Janeda_(Ambla)_vallavalitsus, lk 37
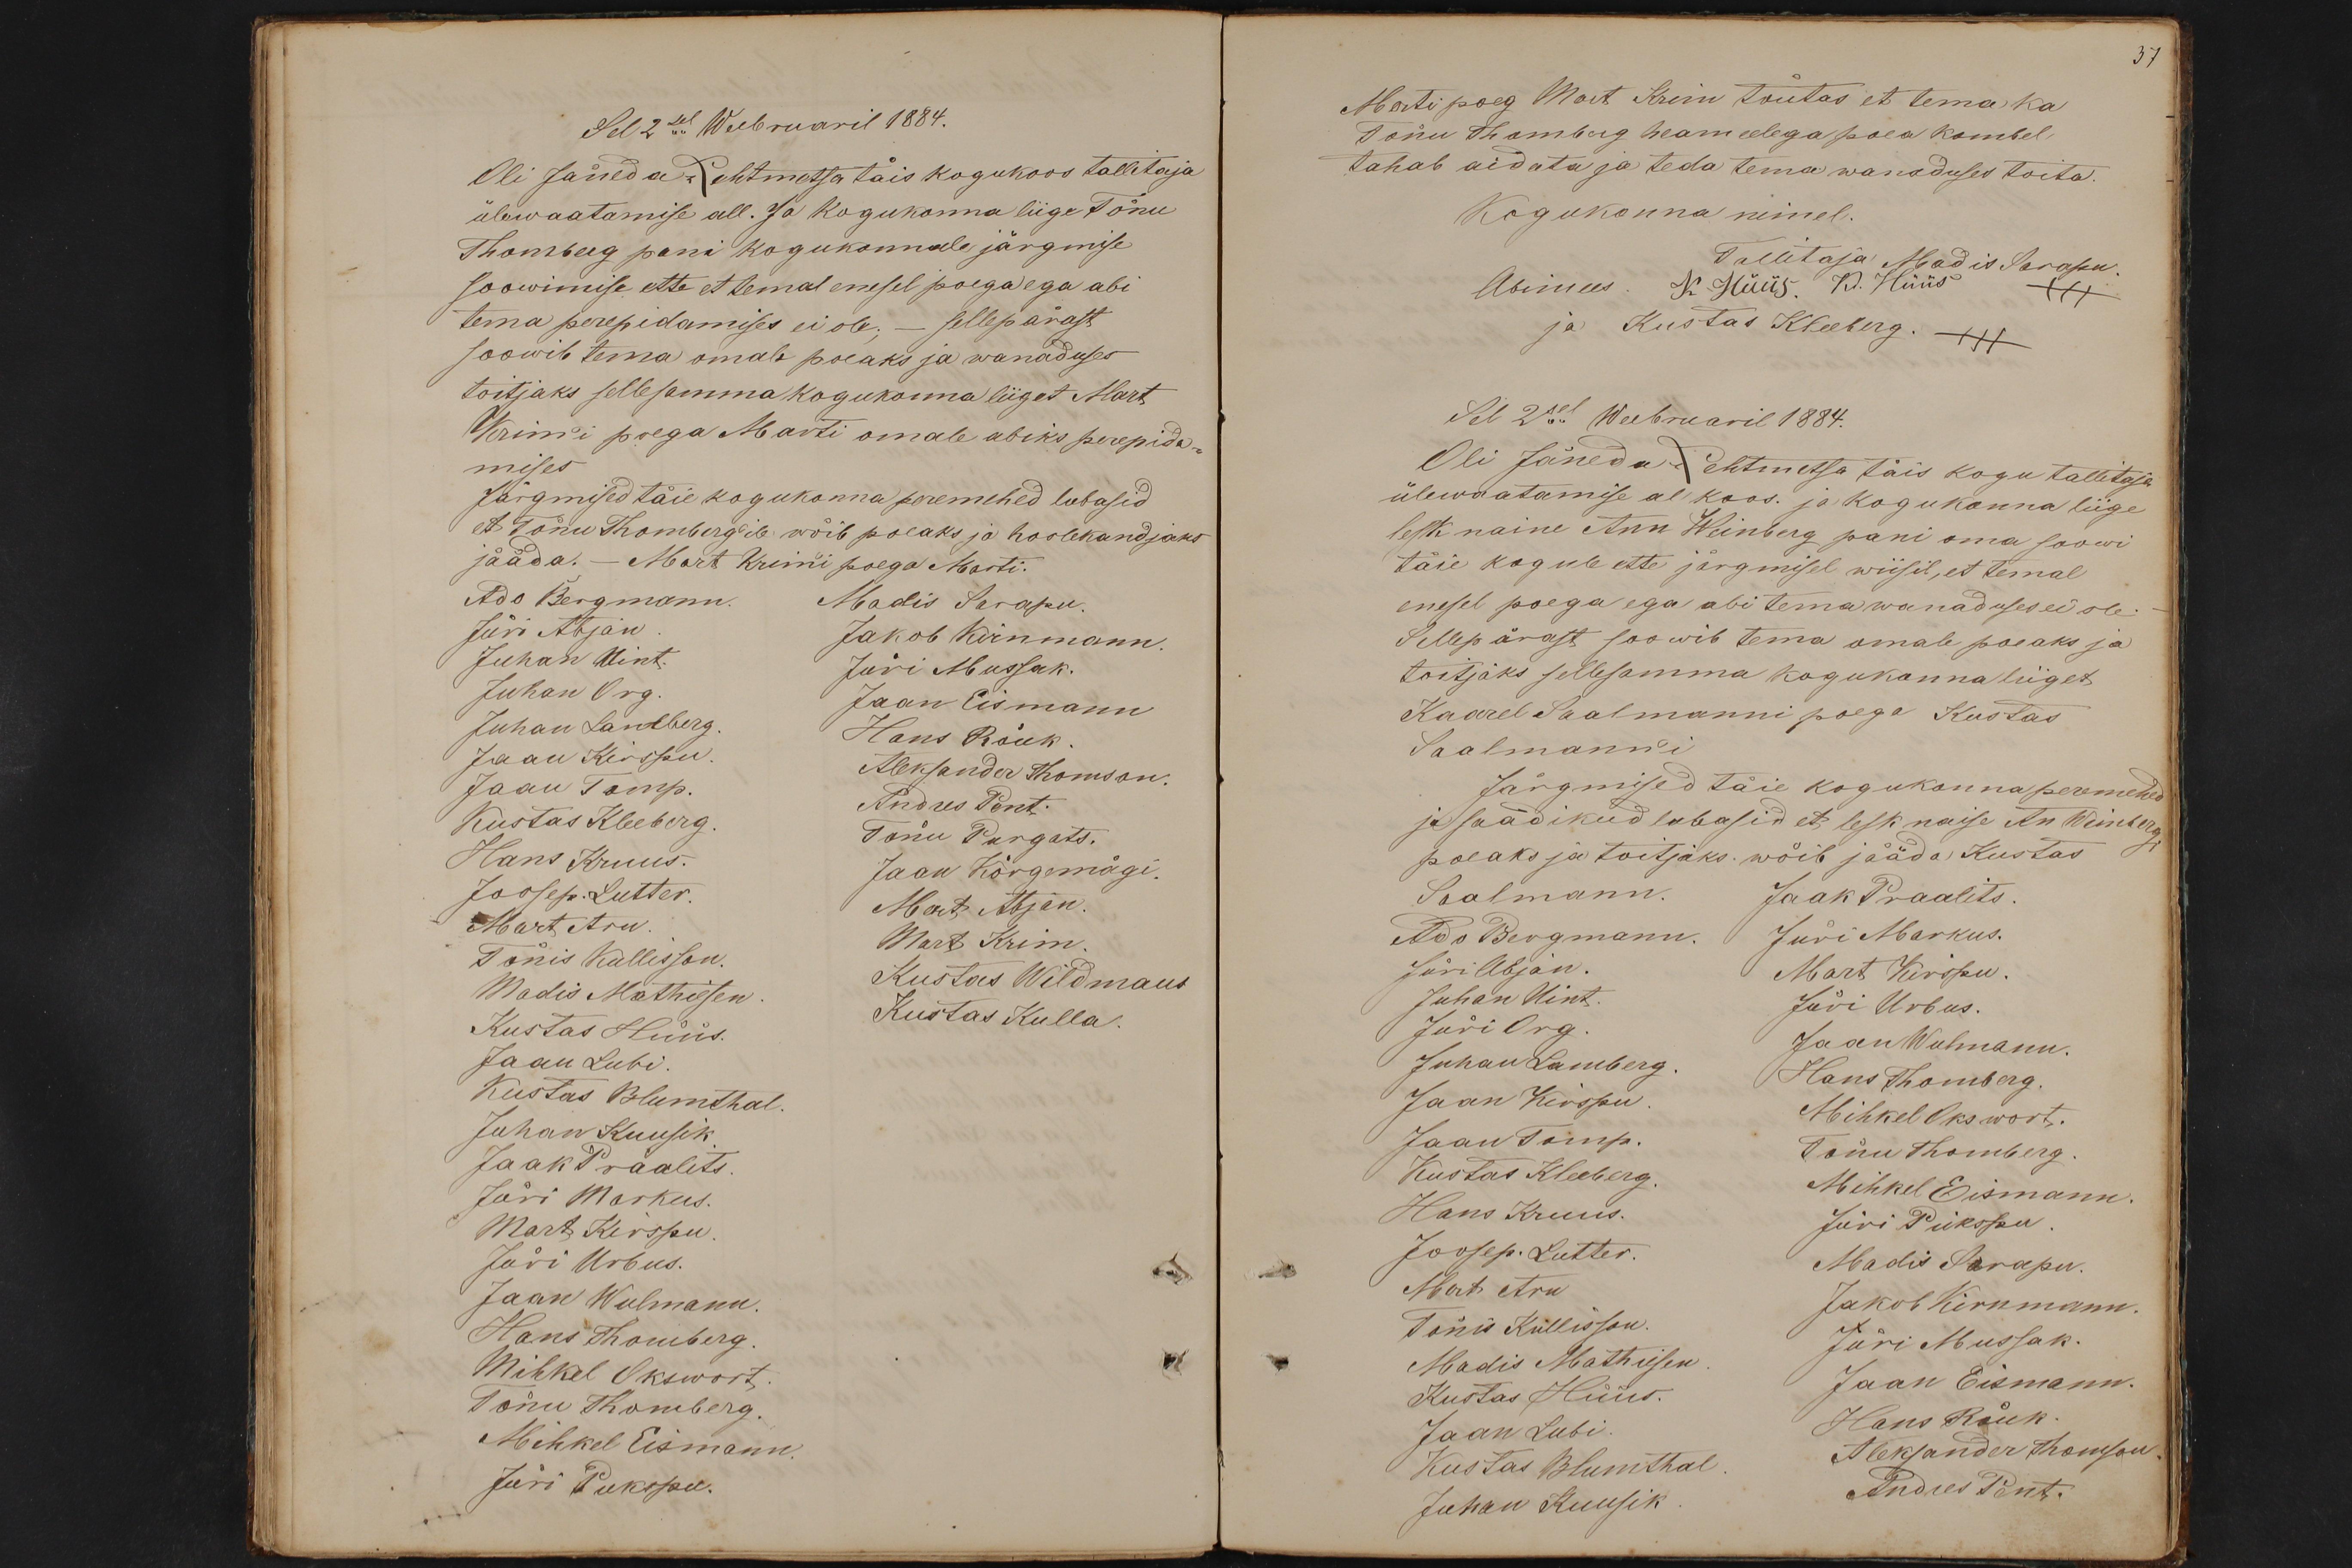
Sel 2sel Weebruaril 1884.
Oli Jäneda-Lehtmetsa täis kogukoos tallitaja
ülewaatamise all. Ja kogukonna liige Tõnu
Thomberg pani kogukonnale järgmise
soowimise ette et temal enesel poega ega abi
tema perepidamises ei ole; - sellepärast
soowib tema omale poeaks ja wanaduses
toitjaks sellesamma kogukonna liiget Mart
Krim'i poega Marti omale abiks perepida-
mises
Järgmised täie kogukonna peremehed lubasid
et Tõnu Thomberg'ile wõib poeaks ja hoolekandjaks
jääda.- Mart Krim'i poega Marti.
Ado Bergmann.
Madis Sarapu.
Jüri Abjan
Jakob Kirnmann.
Juhan Uint.
Jüri Mussak.
Juhan Org.
Jaan Eismann
Juhan Landberg.
Hans Rõuk.
Jaan Kirspu
Aleksander Thomson.
Jaan Tomp.
Andres Pent.
Kustas Kleeberg
Tõnu Purgats.
Hans Kruus.
Joosep. Lutter.
Jaan Kõrgemägi.
Mart Abjan
Mart Aru.
Tõnis Kullisson.
Mart Krim.
Madis Mathiesen
Kustas Wildmaus
Kustas Hüüs.
Kustas Kulla.
Jaan Lubi
Kustas Blumthal.
Juhan Kuusik
Jaak Praalits
Jüri Markus.
Mart Kirspu
Jüri Urbus.
Jaan Wolmann
Hans Thomberg
Mihkel Okswort
Tõnu Thomberg
Mihkel Eismann.
Jüri Pukspu.

37
Marti poeg Mart Krim tõutas et tema ka
Tõnu Thomberg heameelega poea kombel,
tahab aidata ja teda tema wanaduses toita.
Kogukonna nimel.
Tallitaja Madis Sarapu
Abimees. K. Hüüs. K. Hüüs +++
ja Kustas Kleeberg. +++
Sel 2sel Weebruaril 1884.
Oli Jäneda-Lehtmetsa täis kogu tallitaja
ülewaatamise al koos. ja kogukonna liige
lesk naine Ann Weinberg pani oma soowi
täie kogule ette järgmisel wiisil, et temal
enesel poega ega abi tema wanaduses ei ole
Sellepärast soowib tema omale poeaks ja
toitjaks sellesamma kogukonna liiget
Kaarel Saalmanni poega Kustas
Saalmann'i
Järgmised täie kogukonna peremehed
ja saadikud lubasid et lesk naise An Weinbergi
poeaks ja toitjaks. wõib jääda Kustas
Saalmann.
Jaak Praalits.
Ado Bergmann.
Jüri Markus.
Jüri Abjan.
Mart Kirspu.
Juhan Uint.
Jüri Urbus.
Jüri Org
Juhan Lamberg
Jaan Wolmann.
Hans Thomberg.
Jaan Kirspu
Mihkel Okswort.
Jaan Tomp.
Tõnu Thomberg
Kustas Kleeberg
Mihkel Eismann
Hans Kruus.
Jüri Pukspu
Joosep. Lutter.
Madis Sarapu.
Mart Aru
Tõnis Kullisson.
Jakob Kirnmann.
Madis Mathiesen
Jüri Mussak.
Kustas Нüüs.
Jaan Eismann
Jaan Lubi
Hans Rõuk.
Kustas Blumthal
Aleksander Thomson
Juhan Kuusik
Andres Pent.